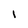
Character: l